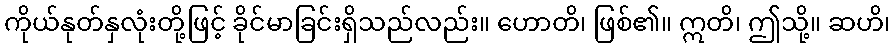
ကိုယ်နုတ်နှလုံးတို့ဖြင့် ခိုင်မာခြင်းရှိသည်လည်း။ ဟောတိ၊ ဖြစ်၏။ ဣတိ၊ ဤသို့။ ဆဟိ၊